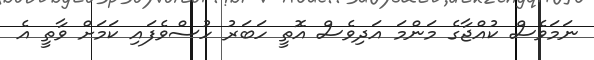
ނަމަވެސް ކުއްޖާގެ މަންމަ އަދިވެސް އޮތީ ހަބަރު ހުސްވެފައި ކަމަށް ވާތީ އެ